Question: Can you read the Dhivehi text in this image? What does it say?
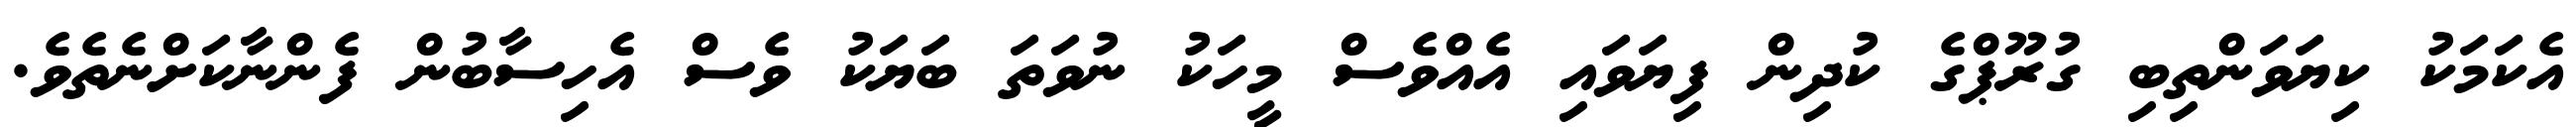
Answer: އެކަމަކު ކިޔަވަންތިބި ގުރޫޕްގެ ކުދިން ފިޔަވައި އެއްވެސް މީހަކު ނުވަތަ ބަޔަކު ވެސް އެހިސާބުން ފެންނާކަށްނެތެވެ.